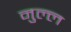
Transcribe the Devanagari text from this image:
नुल्ल